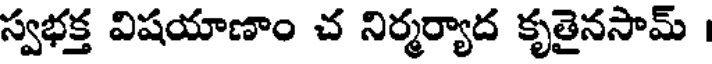
స్వభక్త విషయాణాం చ నిర్మర్యాద కృతైనసామ్ ।